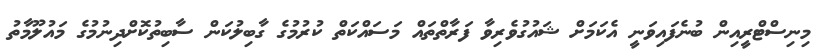
މިނިސްޓްރީއިން ބުނެފައިވަނީ އެކަމަށް ޝައުގުވެރިވާ ފަރާތްތައް މަސައްކަތް ކުރުމުގެ ގާބިލުކަން ސާބިތުކޮށްދިނުމުގެ މައުލޫމާތު